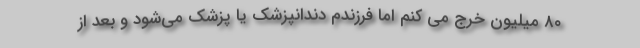
٨٠ میلیون خرج می کنم اما فرزندم دندانپزشک یا پزشک می‌شود و بعد از